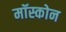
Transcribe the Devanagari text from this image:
मॉस्कोन